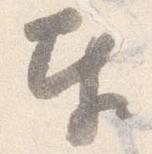
奉